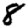
Digit: 8